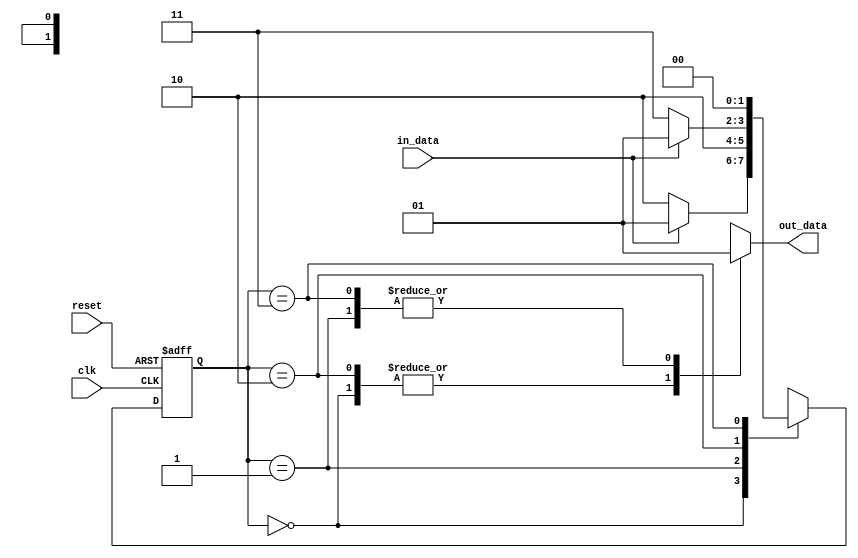
module Moore_State_Machine (
    input clk,
    input reset,
    input in_data,
    output reg out_data
);

// Define states
parameter S0 = 2'b00;
parameter S1 = 2'b01;
parameter S2 = 2'b10;
parameter S3 = 2'b11;

// Define state register
reg [1:0] state_reg;
always @(posedge clk or posedge reset) begin
    if (reset) begin
        state_reg <= S0;
    end else begin
        case (state_reg)
            S0: begin
                if (in_data) begin
                    state_reg <= S1;
                end else begin
                    state_reg <= S2;
                end
            end
            S1: begin
                state_reg <= S2;
            end
            S2: begin
                if (in_data) begin
                    state_reg <= S1;
                end else begin
                    state_reg <= S3;
                end
            end
            S3: begin
                state_reg <= S0;
            end
        endcase
    end
end

// Define outputs based on current state
always @(*) begin
    case (state_reg)
        S0: out_data = 1'b0;
        S1: out_data = 1'b1;
        S2: out_data = 1'b0;
        S3: out_data = 1'b1;
    endcase
end

endmodule